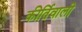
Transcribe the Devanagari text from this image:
कीर्तिवाली